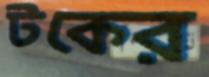
টকের